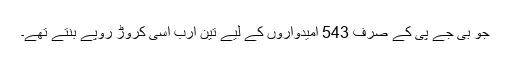
جو بی جے پی کے صرف 543 امیدواروں کے لیے تین ارب اسی کروڑ روپے بنتے تھے۔